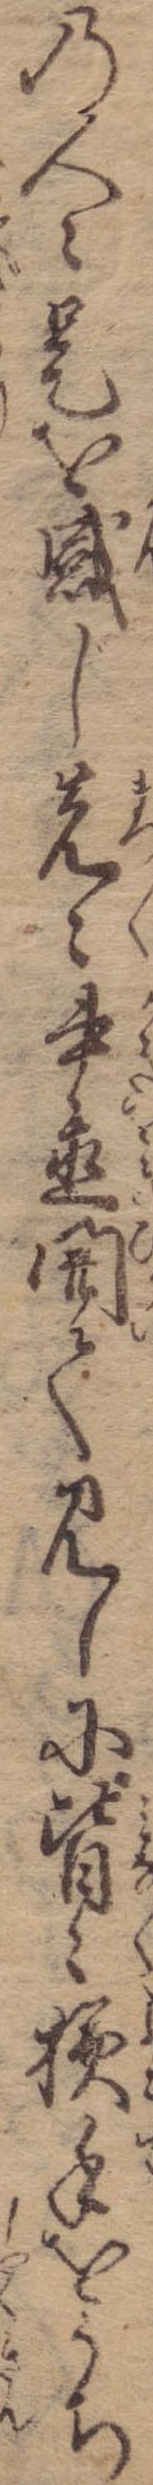
の人々是を感じ先々書置開て見しに皆々横手をうち